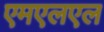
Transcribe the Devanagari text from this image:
एमएलएल